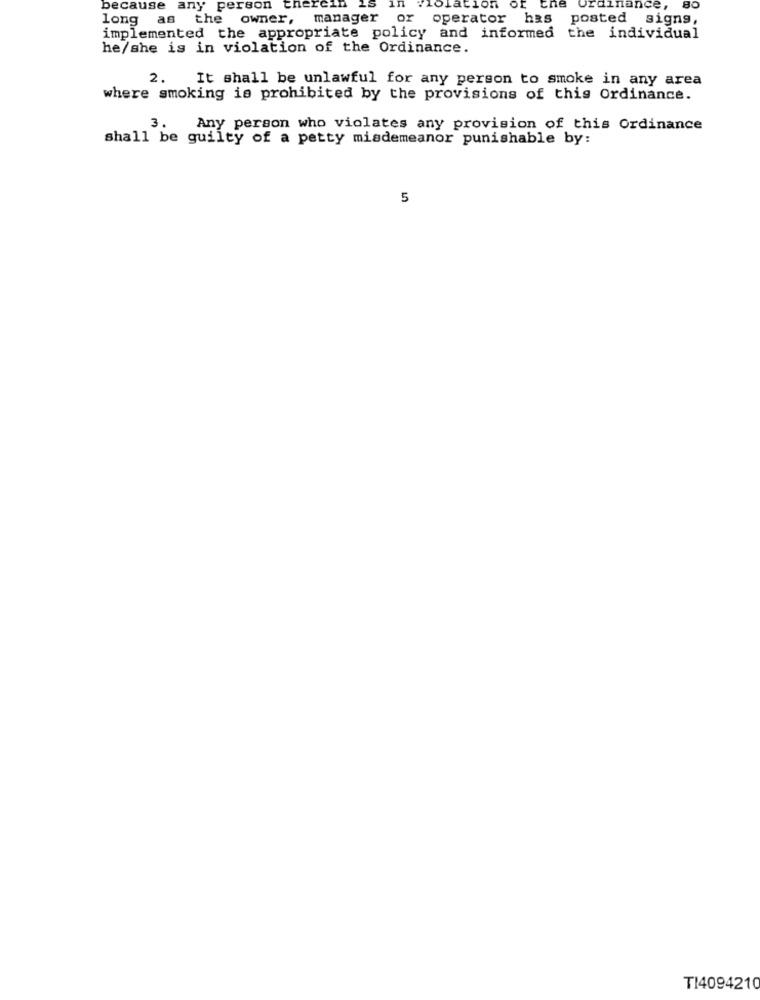
because any person ther
in
olation
of the
ordinance,
80
long
as the owner, manager or operator has posted signs,
implemented the appropriate policy and informed the individual
he/she is in violation of the Ordinance.
2.
It shall be unlawful for any person to smoke in any area
where smoking is prohibited by the provisions of this Ordinance.
3.
Any person who violates any provision of this Ordinance
shall be guilty of a petty misdemeanor punishable by:
5
TI4094210